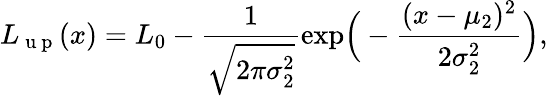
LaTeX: L_{\mathrm{~u~p~}}(x)=L_{0}-\frac{1}{\sqrt{2\pi\sigma_{2}^{2}}}\textrm{exp}\Big(-\frac{(x-\mu_{2})^{2}}{2\sigma_{2}^{2}}\Big),